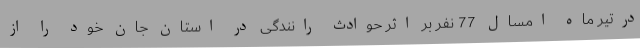
درتیر ماه امسال 77 نفر بر اثر حوادث رانندگی در استان جان خود را از